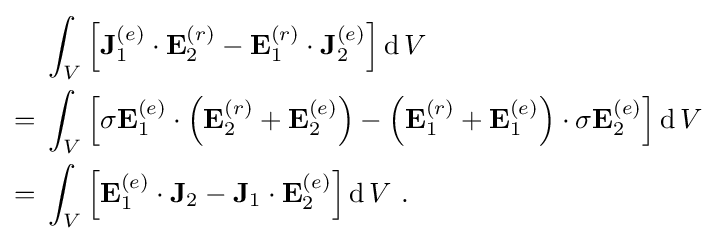
{\begin{aligned}&\int _{V}\left[\mathbf {J} _{1}^{(e)}\cdot \mathbf {E} _{2}^{(r)}-\mathbf {E} _{1}^{(r)}\cdot \mathbf {J} _{2}^{(e)}\right]\operatorname {d} V\\={}&\int _{V}\left[\sigma \mathbf {E} _{1}^{(e)}\cdot \left(\mathbf {E} _{2}^{(r)}+\mathbf {E} _{2}^{(e)}\right)-\left(\mathbf {E} _{1}^{(r)}+\mathbf {E} _{1}^{(e)}\right)\cdot \sigma \mathbf {E} _{2}^{(e)}\right]\operatorname {d} V\\={}&\int _{V}\left[\mathbf {E} _{1}^{(e)}\cdot \mathbf {J} _{2}-\mathbf {J} _{1}\cdot \mathbf {E} _{2}^{(e)}\right]\operatorname {d} V\ .\end{aligned}}